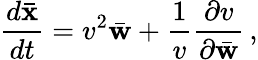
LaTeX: \frac{d\bar{\mathbf x}}{dt}=v^{2}\bar{\mathbf w}+\frac{1}{v}\frac{\partial v}{\partial\bar{\mathbf w}}\, ,